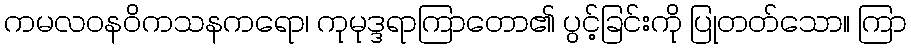
ကမလဝနဝိကသနကရော၊ ကုမုဒ္ဒရာကြာတော၏ ပွင့်ခြင်းကို ပြုတတ်သော။ ကြာ